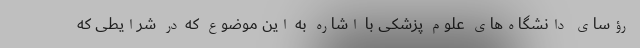
رؤسای دانشگاه‌‌های علوم پزشکی با اشاره به این موضوع که در شرایطی که